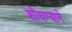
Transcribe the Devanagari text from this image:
शोधण्याने